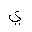
Letter: _ya